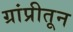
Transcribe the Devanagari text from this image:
ग्रांप्रीतून